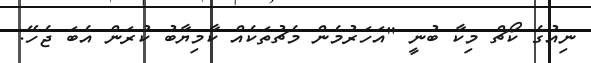
ނިއުގެ ކޯޗް މިކާ ބުނީ "އަހަރުމެން މެޗުތަކެއް ކާމިޔާބު ކުރަން އެބަ ޖެހޭ.